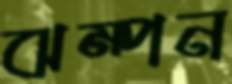
ঝম্পন